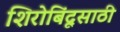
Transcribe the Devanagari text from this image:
शिरोबिंदूसाठी